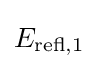
E_{{\text{refl}},1}